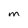
Character: M